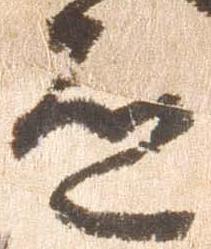
道